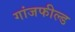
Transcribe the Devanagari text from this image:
गांजफील्ड